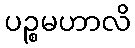
ပဉ္စမဟာလိ